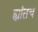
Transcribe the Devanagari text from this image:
ह्यांतच